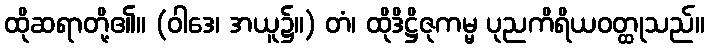
ထိုဆရာတို့၏။ (ဝါဒေ၊ အယူ၌။) တံ၊ ထိုဒိဋ္ဌိဇုကမ္မ ပုညကိရိယဝတ္ထုသည်။